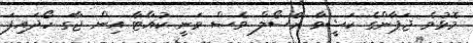
މޮޅުވެ ޖަޕާންގެ ކަޝީވާ ރޭސޯލް ވެސް ވަނީ ކުއާޓާ އިން ޖާގަ ހޯދައިފަ